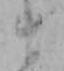
ま